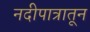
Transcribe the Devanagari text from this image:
नदीपात्रातून